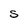
Character: S